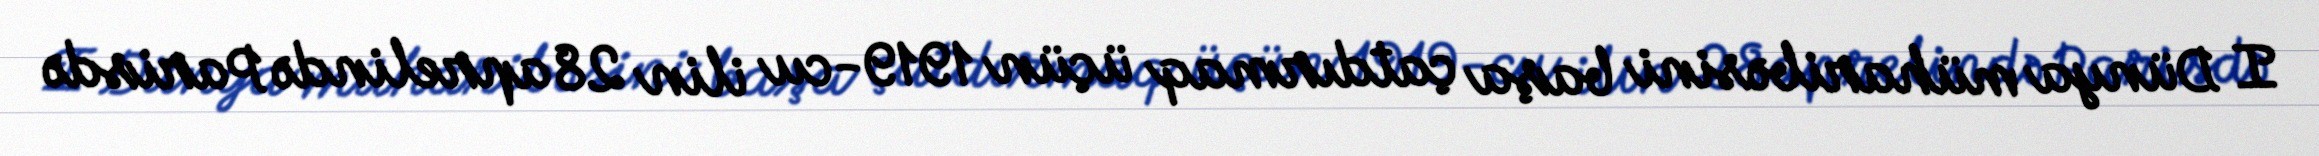
I Dünya müharibəsini başa çatdırmaq üçün 1919-cu ilin 28 aprelində Parisdə